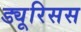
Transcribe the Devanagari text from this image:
ड्यूरिसस